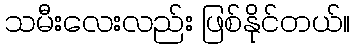
သမီးလေးလည်း ဖြစ်နိုင်တယ်။